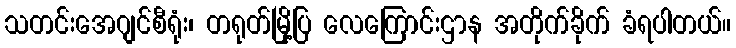
သတင်းအေဂျင်စီရုံး၊ တရုတ်မြို့ပြ လေကြောင်းဌာန အတိုက်ခိုက် ခံရပါတယ်။